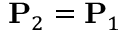
\mathbf { P } _ { 2 } = \mathbf { P } _ { 1 }